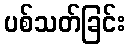
ပစ်သတ်ခြင်း